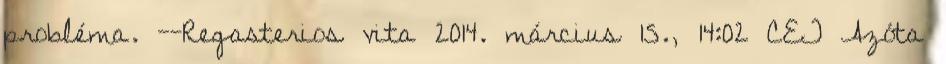
probléma. --Regasterios vita 2014. március 15., 14:02 CET Azóta